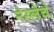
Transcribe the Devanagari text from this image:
नेस्लेचे